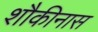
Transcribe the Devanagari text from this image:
शौकीनास